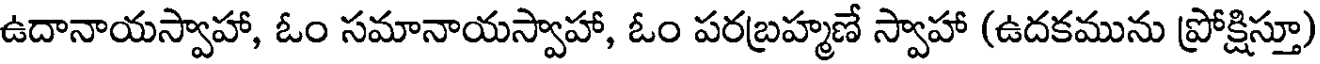
ఉదానాయస్వాహా, ఓం సమానాయస్వాహా, ఓం పరబ్రహ్మణే స్వాహా (ఉదకమును ప్రోక్షిస్తూ)